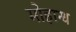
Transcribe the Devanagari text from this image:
मोहान्ध